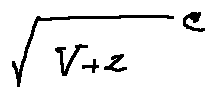
\sqrt { V + z } ^ { C }